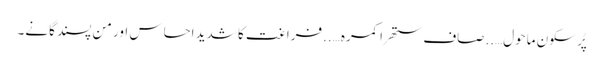
پُر سکون ماحول…..صاف ستھرا کمرہ…..فراغت کا شدید احساس اور من پسند گانے۔